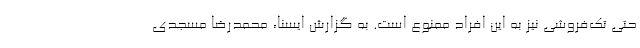
حتی تک‌فروشی نیز به این افراد ممنوع است. به گزارش ایسنا، محمدرضا مسجدی